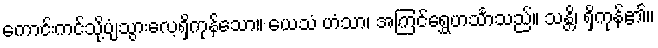
ကောင်းကင်သို့ပျံသွားလေ့ရှိကုန်သော။ ယေသံ ဟံသာ၊ အကြင်ရွှေဟင်္သာသည်။ သန္တိ၊ ရှိကုန်၏။